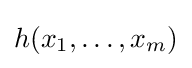
h(x_{1},\ldots ,x_{m})